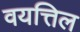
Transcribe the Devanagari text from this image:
वयत्तिल